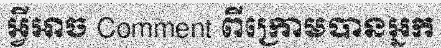
អ្វីអាច Comment ពីក្រោមបានអ្នក